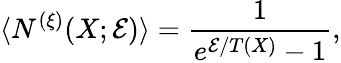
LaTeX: \langle N^{(\xi)}(X;{\cal E})\rangle=\frac{1}{e^{{\cal E}/T(X)}-1},